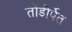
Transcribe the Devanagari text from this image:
तोंडीर्पेत